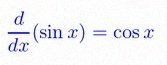
\frac{d}{dx}(\sin x)=\cos x